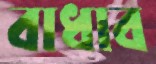
বাধাব